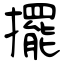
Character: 擺